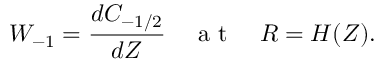
W _ { - 1 } = \frac { d C _ { - 1 / 2 } } { d Z } \quad \mathrm { ~ a ~ t ~ } \quad R = H ( Z ) .